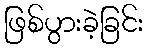
ဖြစ်ပွားခဲ့ခြင်း